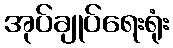
အုပ်ချုပ်ရေးရုံး